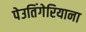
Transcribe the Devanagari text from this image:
पेउतिंगेरियाना